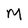
Character: M